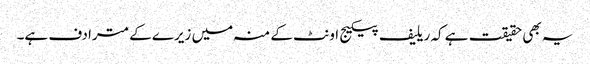
یہ بھی حقیقت ہے کہ ریلیف پیکیج اونٹ کے منہ میں زیرے کے مترادف ہے۔